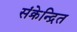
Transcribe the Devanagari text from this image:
संक्रेन्द्रित